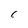
Character: C